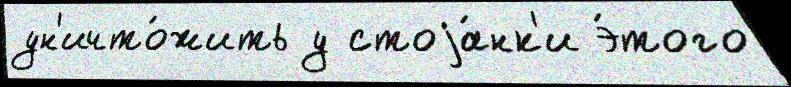
ун'ичто́жить у стоjа́нк'и э́того